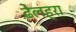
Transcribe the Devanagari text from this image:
ढ़ेलहरा